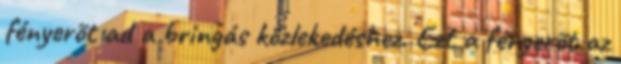
fényerõt ad a bringás közlekedéshez. Ezt a fényerõt az